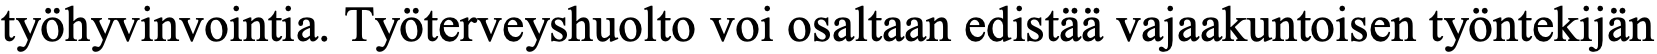
työhyvinvointia. Työterveyshuolto voi osaltaan edistää vajaakuntoisen työntekijän